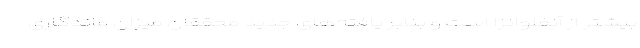
بیشتر از آنفلوانزا است و بنابر یافته‌های جدید محققان میزان ماندگاری